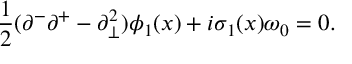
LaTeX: { \frac { 1 } { 2 } } ( \partial ^ { - } \partial ^ { + } - \partial _ { \bot } ^ { 2 } ) \phi _ { 1 } ( x ) + i \sigma _ { 1 } ( x ) \omega _ { 0 } = 0 .